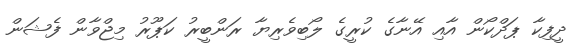
ދީފިކާ ޕަދްކޯން އާއި އޭނާގެ ކުރީގެ ލޯބިވެރިޔާ ރަންބީރު ކަޕޫރު މިޖްވާން ފެޝަން